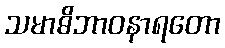
သမာဓိဘာဝနာရတော